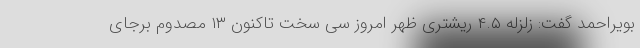
بویراحمد گفت: زلزله ۴.۵ ریشتری ظهر امروز سی سخت تاکنون ۱۳ مصدوم برجای